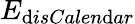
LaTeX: E_{\mathrm{d}isCalen\mathrm{d}ar}